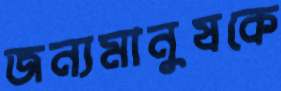
জন্যমানুষকে